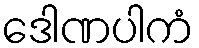
ဒေါဏပါကံ